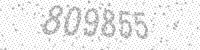
Solution: 809855